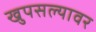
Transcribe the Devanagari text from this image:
खुपसल्यावर